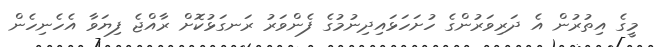
މީގެ އިތުރުން އެ ދަރިވަރުންގެ ހުށަހަޅައިދިނުމުގެ ފެންވަރު ރަނގަޅުކޮށް ރާއްޖެ ފިޔަވާ އެހެނިހެން